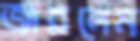
জারলেম